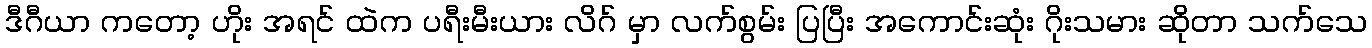
ဒီဂီယာ ကတော့ ဟိုး အရင် ထဲက ပရီးမီးယား လိဂ် မှာ လက်စွမ်း ပြပြီး အကောင်းဆုံး ဂိုးသမား ဆိုတာ သက်သေ